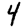
Digit: 4